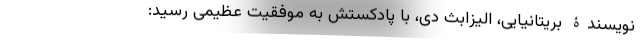
نویسندۀ بریتانیایی، الیزابث دِی، با پادکستش به موفقیت عظیمی رسید: